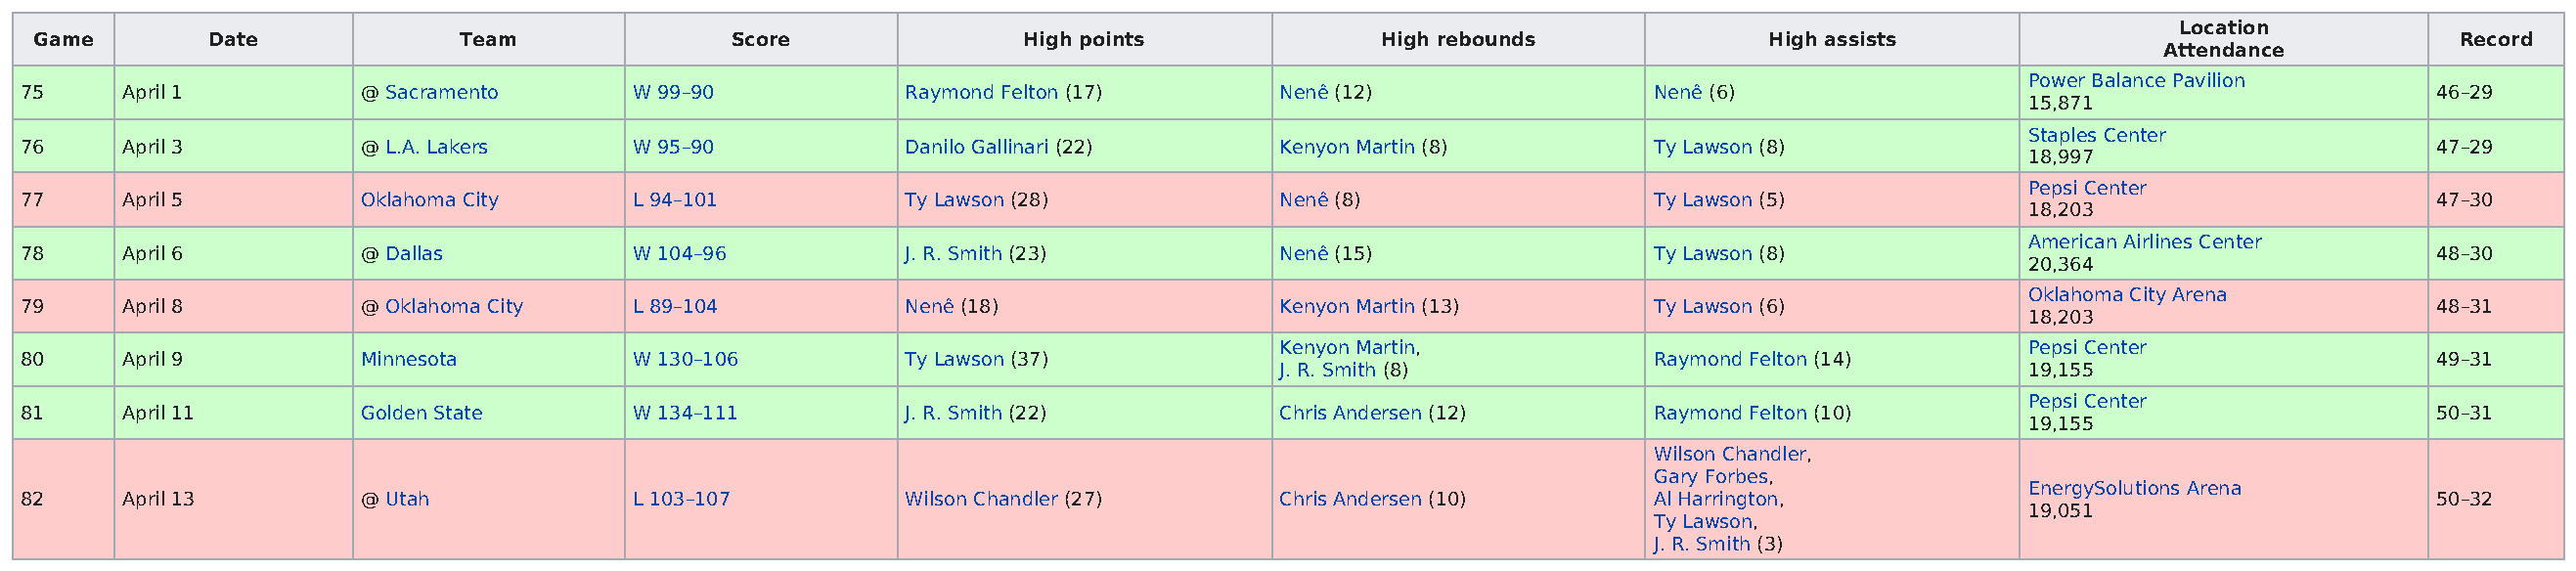
Location
 Game        Date             Team              Score               High points             High rebounds              High assists                                  Record
 Attendance
 Power Balance Pavilion
 75     April 1         @ Sacramento       W 99–90           Raymond Felton (17)       Nenê (12)                Nenê (6)                                             46–29
 15,871
 Staples Center
 76     April 3         @ L.A. Lakers      W 95–90           Danilo Gallinari (22)     Kenyon Martin (8)        Ty Lawson (8)                                        47–29
 18,997
 Pepsi Center
 77     April 5         Oklahoma City      L 94–101          Ty Lawson (28)            Nenê (8)                 Ty Lawson (5)                                        47–30
 18,203
 American Airlines Center
 78     April 6         @ Dallas           W 104–96          J. R. Smith (23)          Nenê (15)                Ty Lawson (8)                                        48–30
 20,364
 Oklahoma City Arena
 79     April 8         @ Oklahoma City    L 89–104          Nenê (18)                 Kenyon Martin (13)       Ty Lawson (6)                                        48–31
 18,203
 Kenyon Martin,                                    Pepsi Center
 80     April 9         Minnesota          W 130–106         Ty Lawson (37)                                     Raymond Felton (14)                                  49–31
 J. R. Smith (8)                                   19,155
 Pepsi Center
 81     April 11        Golden State       W 134–111         J. R. Smith (22)          Chris Andersen (12)      Raymond Felton (10)                                  50–31
 19,155
 Wilson Chandler,
 Gary Forbes,
 EnergySolutions Arena
 82     April 13        @ Utah             L 103–107         Wilson Chandler (27)      Chris Andersen (10)      Al Harrington,                                       50–32
 19,051
 Ty Lawson,
 J. R. Smith (3)